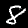
Label: 8